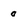
Character: o